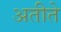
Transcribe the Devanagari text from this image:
अतीते